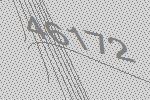
46172